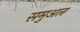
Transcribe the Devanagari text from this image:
समुअल